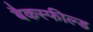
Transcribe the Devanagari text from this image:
बैकस्फील्ड